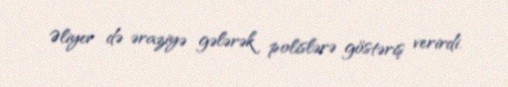
Əliyev də əraziyə gələrək polislərə göstəriş verirdi.